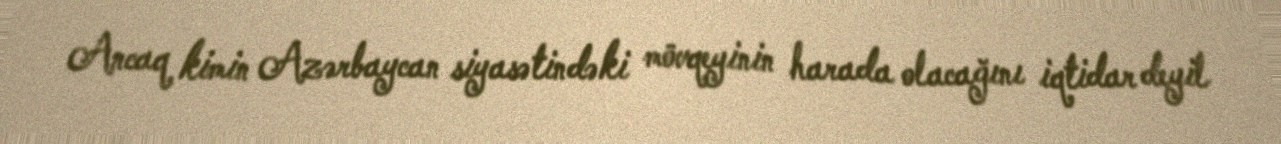
Ancaq kimin Azərbaycan siyasətindəki mövqeyinin harada olacağını iqtidar deyil